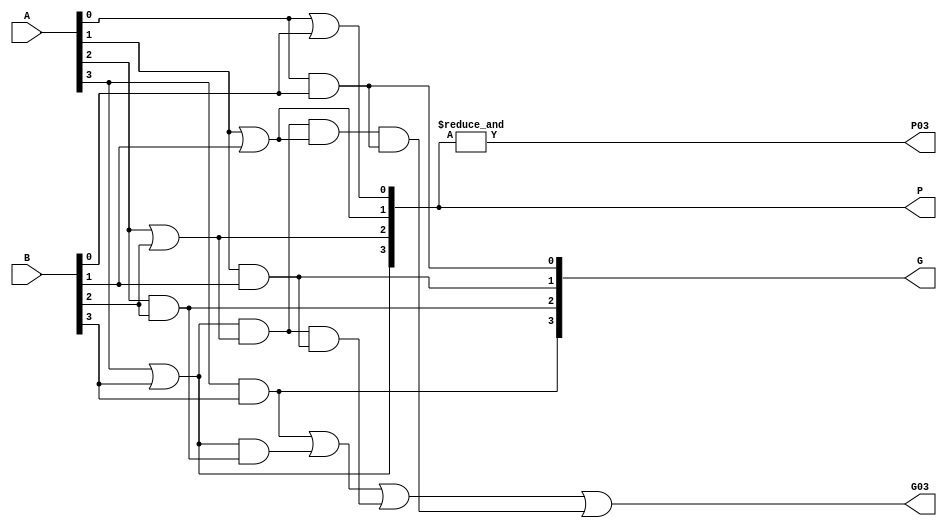

module CLA4bit(
input [3:0] A,
input [3:0] B,
output[3:0] P,
output[3:0] G,
output 	    P03,
output      G03
);

genvar i;
generate
for (i = 0; i < 4; i = i + 1) begin: PG_gen
	assign P[i] = A[i] | B[i];
	assign G[i] = A[i] & B[i];
end
endgenerate

assign P03 = &P;
assign G03 = G[3] || (P[3] & G[2]) ||
	     (P[3] & P[2] & G[1])  ||
	     (P[3] & P[2] & P[1] & G[0]);

endmodule